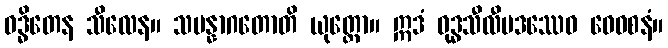
ဝဒ္ဓိတေန သီလေန။ သမန္နာဂတောတိ ယုတ္တော။ ဣဒံ ဝုဒ္ဓသီလီပဒဿေဝ ဝေဝစနံ။